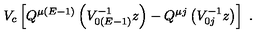
V _ { c } \left[ Q ^ { \mu ( E - 1 ) } \left( V _ { 0 ( E - 1 ) } ^ { - 1 } z \right) - Q ^ { \mu j } \left( V _ { 0 j } ^ { - 1 } z \right) \right] \ .